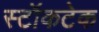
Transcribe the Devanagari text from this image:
स्टॉकटेक